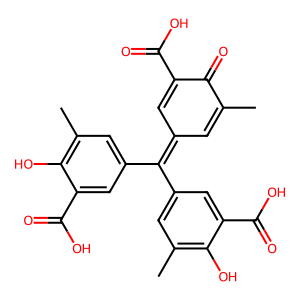
SMILES: CC1=CC(=C(c2cc(C)c(O)c(C(=O)O)c2)c2cc(C)c(O)c(C(=O)O)c2)C=C(C(=O)O)C1=O
Inhibits HIV replication: No